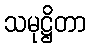
သမုဋ္ဌိတာ